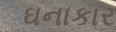
ઘનાકાર